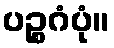
ပဉ္စဂံပုံ။